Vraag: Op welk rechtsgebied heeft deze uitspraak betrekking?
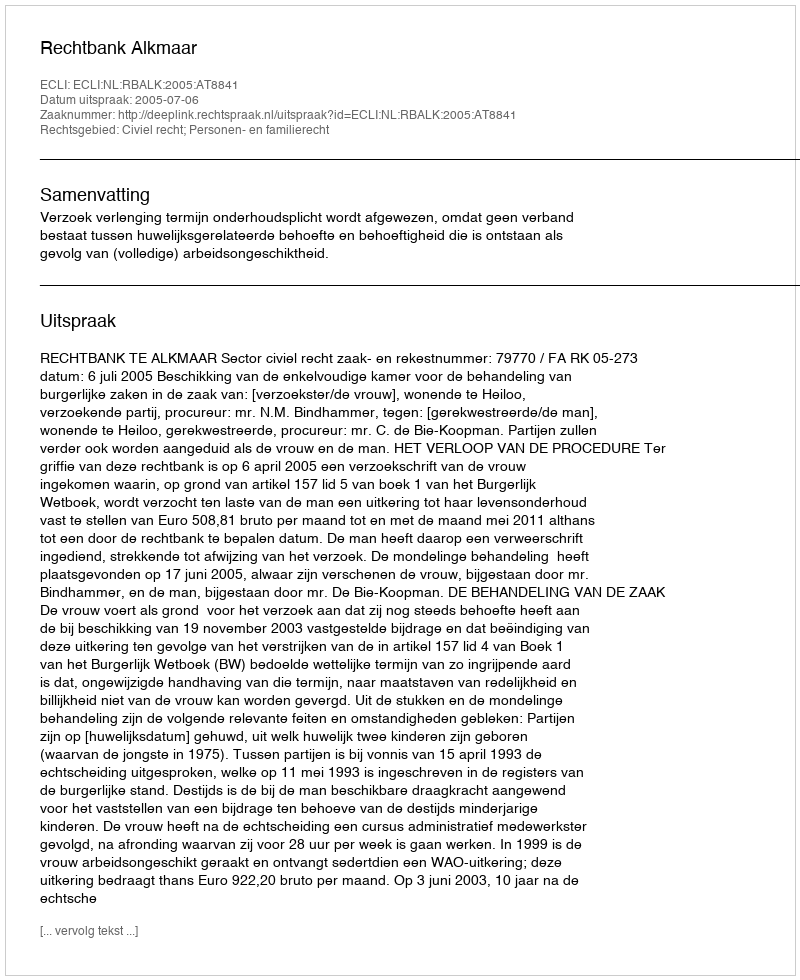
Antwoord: Civiel recht; Personen- en familierecht